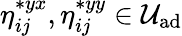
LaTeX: \eta_{ij}^{*{yx}},\eta_{ij}^{*{yy}}\in\mathcal{U}_{\textrm{ad}}